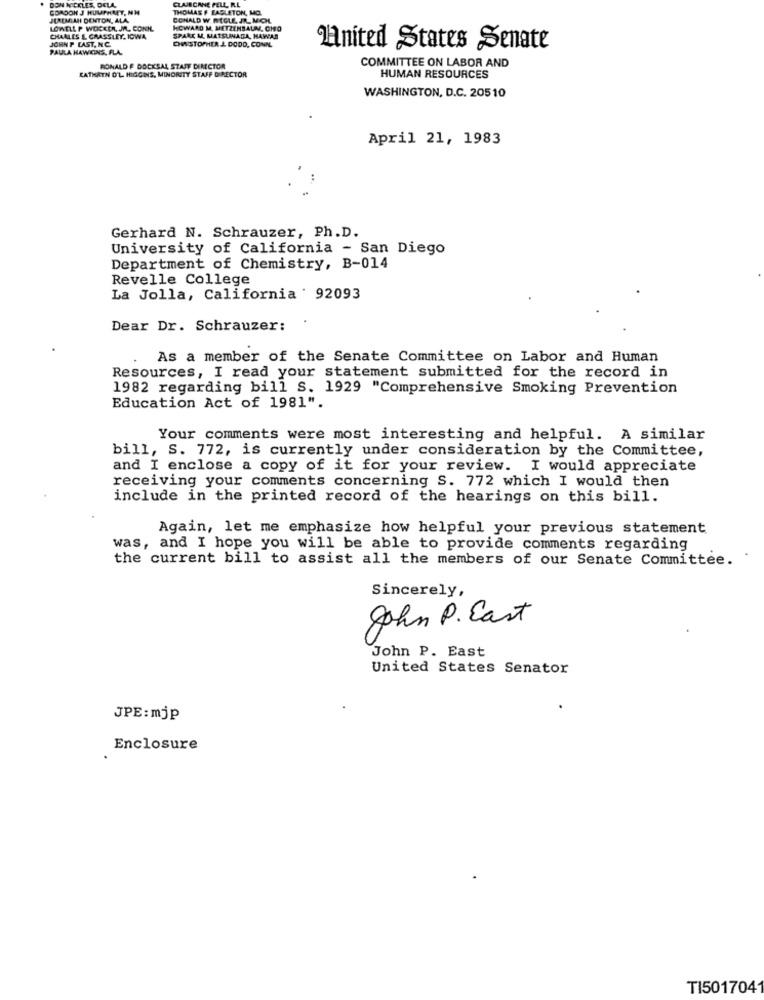
CLAJECANE PELL R.L
DON NICKLES, DELA,
GORDON J HUMPHREY, NH
THOMAS F EASLETON, MO.
JEREMIAHI DENTON, ALA,
CONALD W. REGLE JR. MOHL
LOWELL P WDCKER, MAL. CONK.
HOWARD M. METZENBAUM, CHO
JOHN P LAST. N.C.
CHARLES & GRASSLEY, IOWA
SPARC M. MATSUNAGA, HAWAR
DWSTOPHER L DODD, CONN.
PAULA HAWKINS, FLA.
Anited States Senate
RONALD E DOCKSAL STAJE DINCTOR
COMMITTEE ON LABOR AND
CATHRIN O'L. HIGGINS, MINORITY STAFF DIRECTOR
HUMAN RESOURCES
WASHINGTON, D.C. 20510
April 21, 1983
Gerhard N. Schrauzer, Ph.D.
University of California - San Diego
Department of Chemistry, B-014
Revelle College
La Jolla, California ' 92093
Dear Dr. Schrauzer:
As a member of the Senate Committee on Labor and Human
Resources, I read your statement submitted for the record in
1982 regarding bill S. 1929 "Comprehensive Smoking Prevention
Education Act of 1981".
Your comments were most interesting and helpful. A similar
bill, S. 772, is currently under consideration by the Committee,
and I enclose a copy of it for your review. I would appreciate
receiving your comments concerning S. 772 which I would then
include in the printed record of the hearings on this bill.
Again, let me emphasize how helpful your previous statement
was, and I hope you will be able to provide comments regarding
the current bill to assist all the members of our Senate Committee.
Sincerely,
John P. Cast
John P. East
United States Senator
JPE:mjp
Enclosure
TI501704